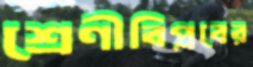
শ্রেণীবিপ্লবের